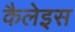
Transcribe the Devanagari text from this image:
कैलेइस